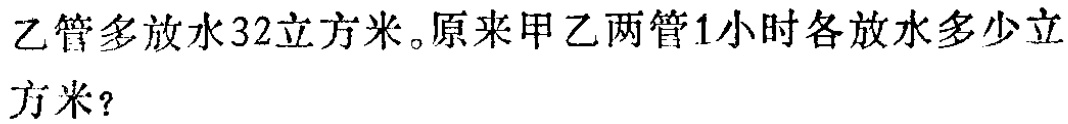
乙管多放水32立方米。原来甲乙两管1小时各放水多少立方米？